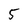
Character: 5